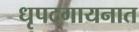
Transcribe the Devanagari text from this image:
धृपदगायनात